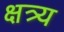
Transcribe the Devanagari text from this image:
क्षत्र्य